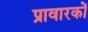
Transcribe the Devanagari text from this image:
प्रावारकों